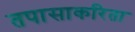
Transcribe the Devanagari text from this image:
तपासाकरिता